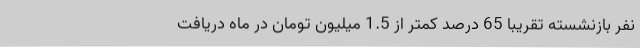
نفر بازنشسته تقریبا 65 درصد کمتر از 1.5 میلیون تومان در ماه دریافت